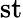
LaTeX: \mathrm{st}